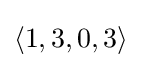
\langle 1,3,0,3\rangle